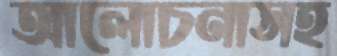
আলোচনাসহ